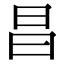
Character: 昌